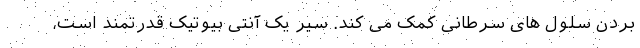
بردن سلول های سرطانی کمک می کند. سیر یک آنتی بیوتیک قدرتمند است،